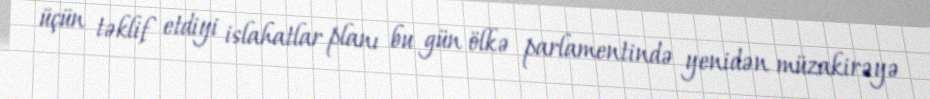
üçün təklif etdiyi islahatlar planı bu gün ölkə parlamentində yenidən müzakirəyə